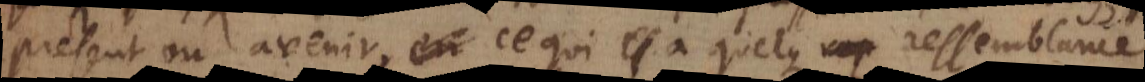
present ou avenir, ce qui a quelque ressemblance